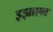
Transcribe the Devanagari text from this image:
इझ्राएल